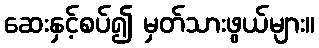
ဆေးနှင့်စပ်၍ မှတ်သားဖွယ်များ။